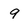
Character: 9